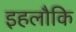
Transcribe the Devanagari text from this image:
इहलौकि